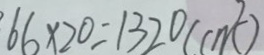
6 6 \times 2 0 = 1 3 2 0 ( c m ^ { 2 } )